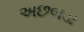
અછબડા